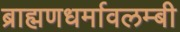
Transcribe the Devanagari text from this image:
ब्राह्मणधर्मावलम्बी